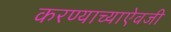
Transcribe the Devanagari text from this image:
करण्याच्याऐवजी